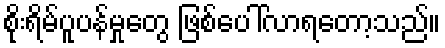
စိုးရိမ်ပူပန်မှုတွေ ဖြစ်ပေါ်လာရတော့သည်။